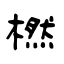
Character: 橪